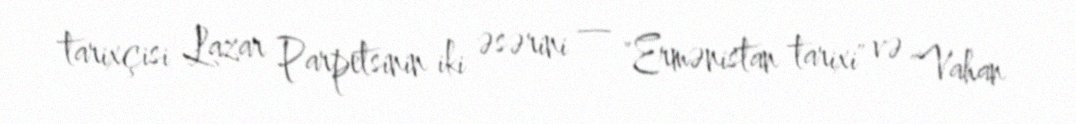
tarixçisi Lazar Parpetsinin iki əsərini — "Ermənistan tarixi" və "Vahan